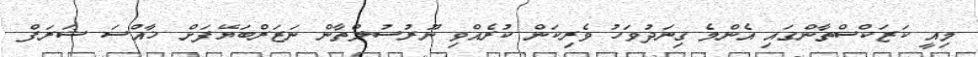
މިއީ ކަޒަކްސްތާންގައި އެންމެ ގިނަދުވަހު ވެރިކަން ކުރެއްވި ނޫރުސުލްތާން ނަޒަރްބަޔޭފަށް ޚާއްސަ ޝަރަފް